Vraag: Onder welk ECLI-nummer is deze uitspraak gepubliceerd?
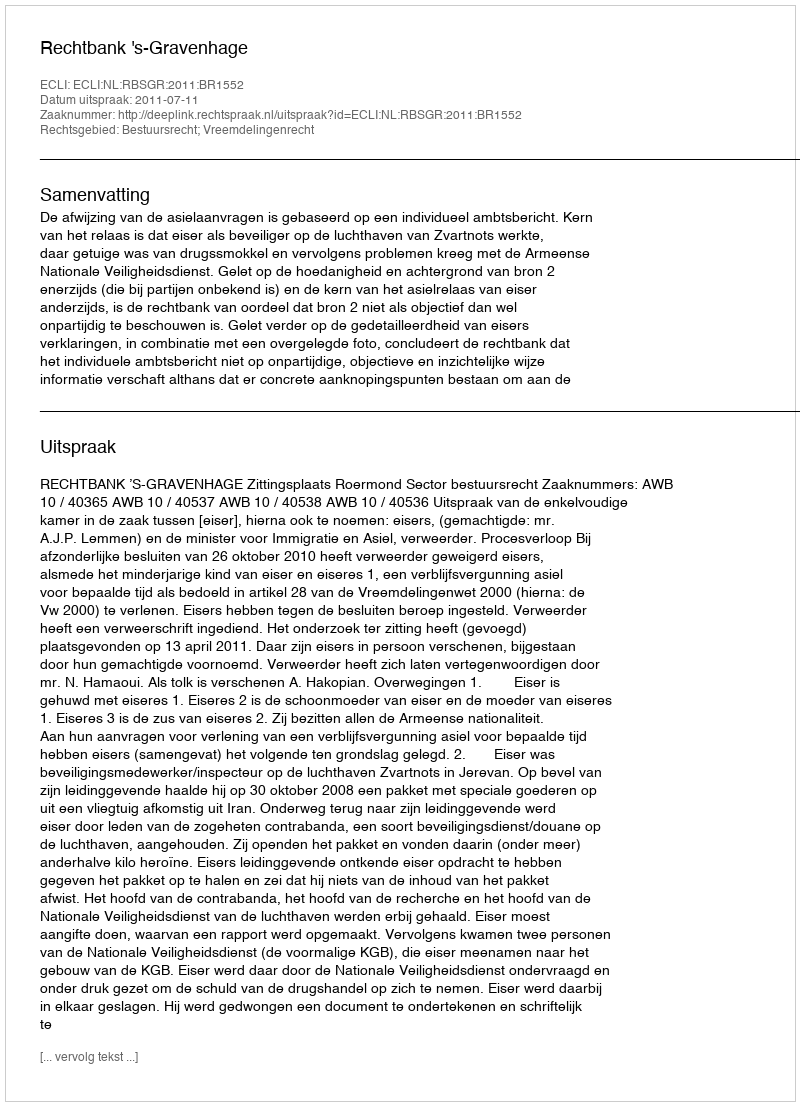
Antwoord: ECLI:NL:RBSGR:2011:BR1552